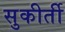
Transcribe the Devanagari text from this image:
सुकीर्ती